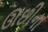
ઊછીના